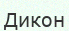
Дикон